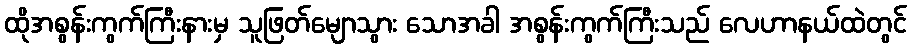
ထိုအစွန်းကွက်ကြီးနားမှ သူဖြတ်မျောသွား သောအခါ အစွန်းကွက်ကြီးသည် လေဟာနယ်ထဲတွင်